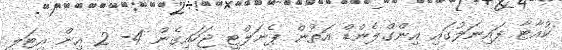
ކުއާޓާ ފައިނަލުގައި އިންގްލެންޑް އަތުން ޕެނަލްޓީ ޖަހައިގެން 4- 2 އިން އިޓަލީ